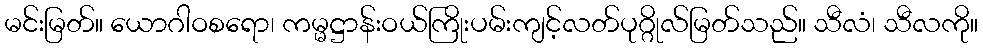
မင်းမြတ်။ ယောဂါဝစရော၊ ကမ္မဋ္ဌာန်းဝယ်ကြိုးပမ်းကျင့်လတ်ပုဂ္ဂိုလ်မြတ်သည်။ သီလံ၊ သီလကို။